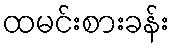
ထမင်းစားခန်း